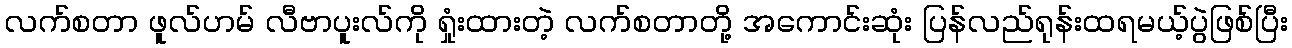
လက်စတာ ဖူလ်ဟမ် လီဗာပူးလ်ကို ရှုံးထားတဲ့ လက်စတာတို့ အကောင်းဆုံး ပြန်လည်ရုန်းထရမယ့်ပွဲဖြစ်ပြီး